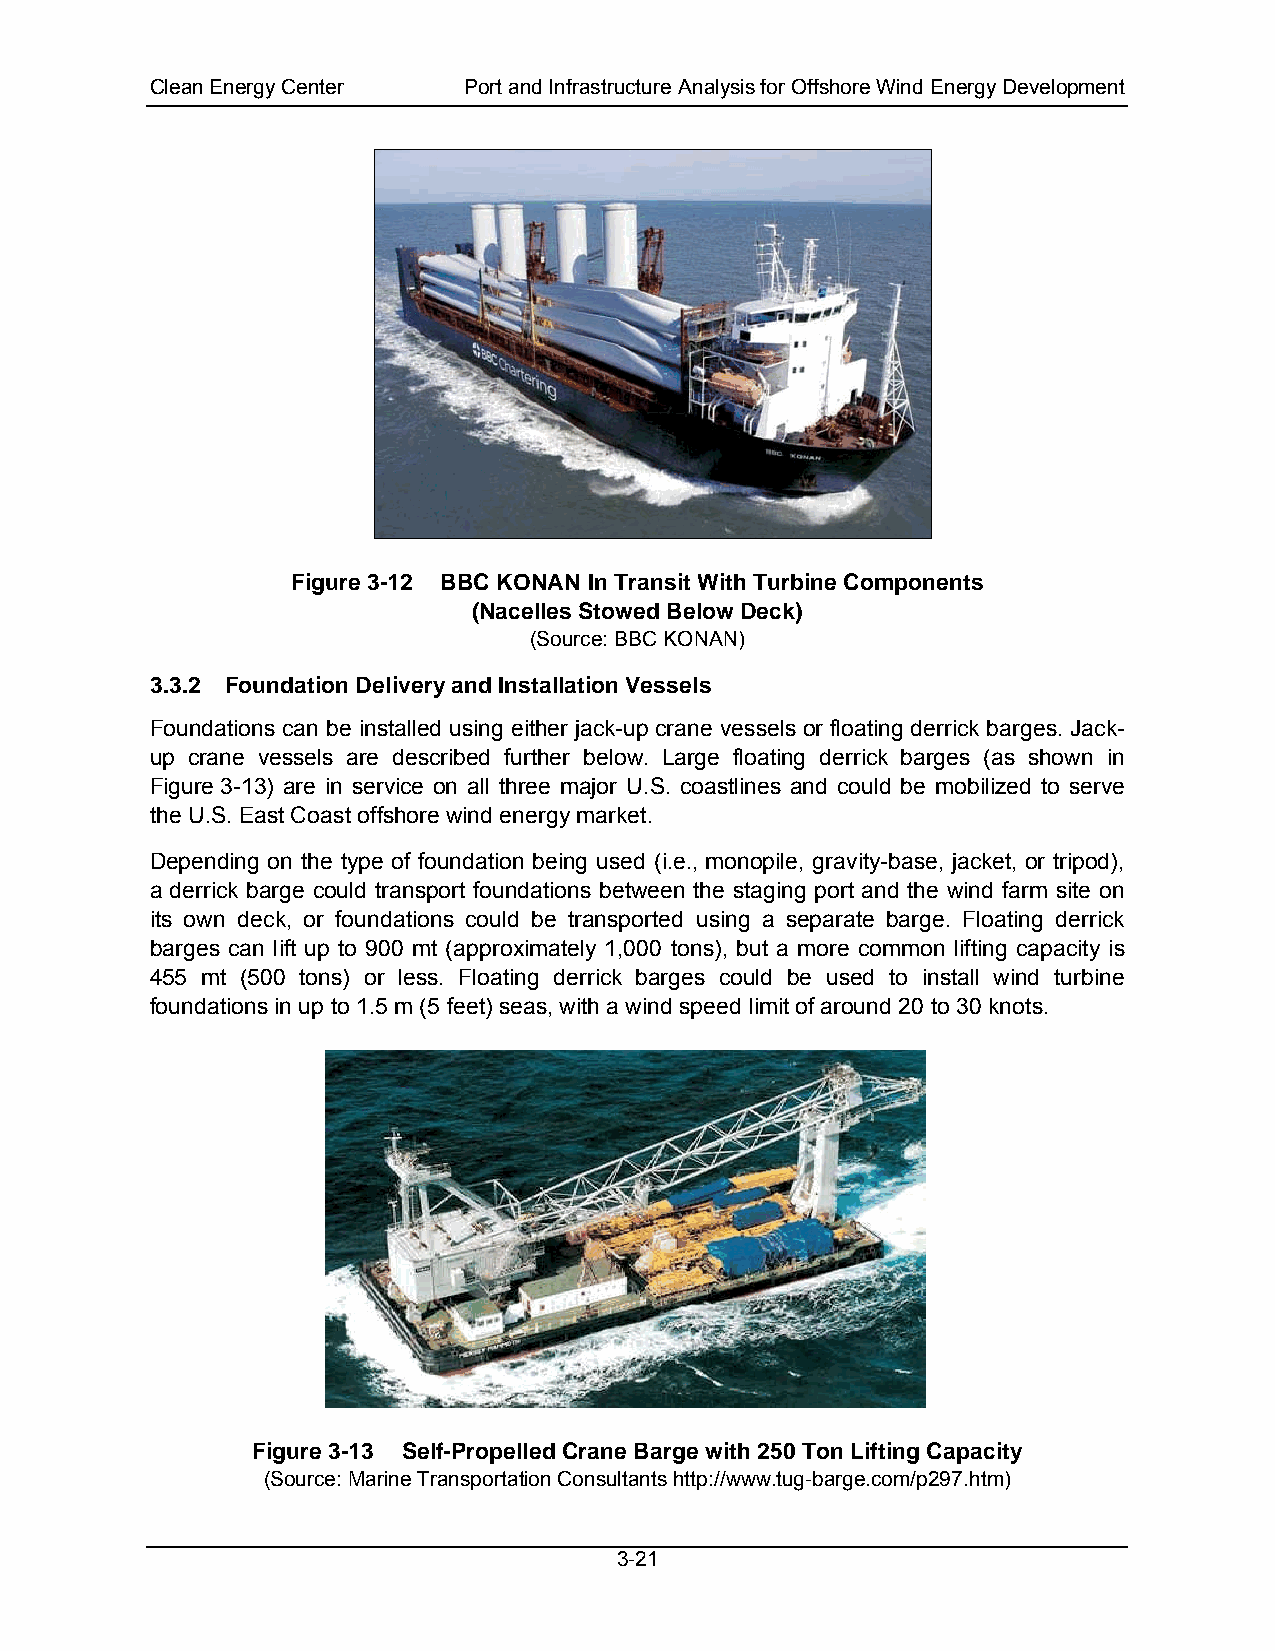
Clean Energy Center  Port and Infrastructure Analysis for Offshore Wind Energy Development
 Figure 3-12 BBC KONAN In Transit With Turbine Components
 (Nacelles Stowed Below Deck)
 (Source: BBC KONAN)
 3.3.2 Foundation Delivery and Installation Vessels
 Foundations can be installed using either jack-up crane vessels or floating derrick barges. Jack-
 up crane vessels are described further below. Large floating derrick barges (as shown in
 Figure 3-13) are in service on all three major U.S. coastlines and could be mobilized to serve
 the U.S. East Coast offshore wind energy market.
 Depending on the type of foundation being used (i.e., monopile, gravity-base, jacket, or tripod),
 a derrick barge could transport foundations between the staging port and the wind farm site on
 its own deck, or foundations could be transported using a separate barge. Floating derrick
 barges can lift up to 900 mt (approximately 1,000 tons), but a more common lifting capacity is
 455 mt (500 tons) or less. Floating derrick barges could be used to install wind turbine
 foundations in up to 1.5 m (5 feet) seas, with a wind speed limit of around 20 to 30 knots.
 Figure 3-13 Self-Propelled Crane Barge with 250 Ton Lifting Capacity
 (Source: Marine Transportation Consultants http://www.tug-barge.com/p297.htm)
 3-21